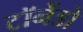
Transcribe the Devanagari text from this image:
टॉर्नेडो